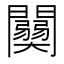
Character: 𨷊